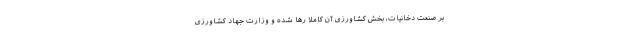
بر صنعت دخانیات، بخش کشاورزی آن کاملا رها شده و وزارت جهاد کشاورزی